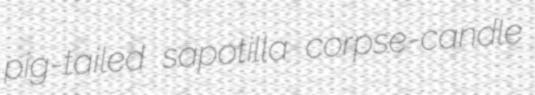
pig-tailed sapotilla corpse-candle